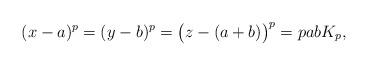
LaTeX: \begin{align*} (x-a)^p = (y-b)^p = \big(z-(a+b)\big)^p = pabK_p,\end{align*}